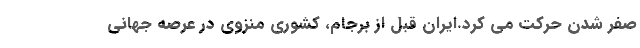
صفر شدن حرکت می کرد.ایران قبل از برجام، کشوری منزوی در عرصه جهانی